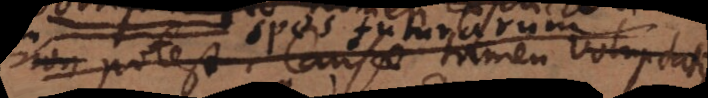
non potest. Causae tamen voluptatis